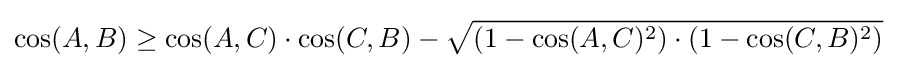
\cos(A,B)\geq \cos(A,C)\cdot \cos(C,B)-{\sqrt {\left(1-\cos(A,C)^{2}\right)\cdot \left(1-\cos(C,B)^{2}\right)}}